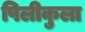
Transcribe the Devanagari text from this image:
पिलीकुला